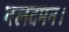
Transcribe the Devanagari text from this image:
नलदमन।